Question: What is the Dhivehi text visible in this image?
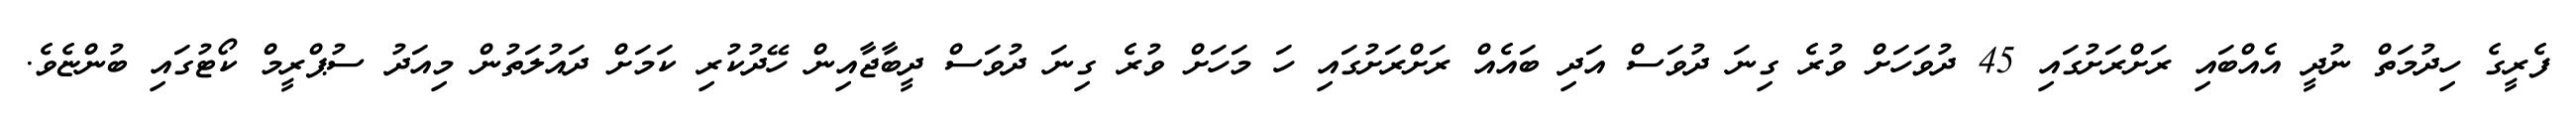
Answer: ފެރީގެ ހިދުމަތް ނުދީ އެއްބައި ރަށްރަށުގައި 45 ދުވަހަށް ވުރެ ގިނަ ދުވަސް އަދި ބައެއް ރަށްރަށުގައި ހަ މަހަށް ވުރެ ގިނަ ދުވަސް ދީބާޖާއިން ހޭދުކުރި ކަމަށް ދައުލަތުން މިއަދު ސުޕްރީމް ކޯޓުގައި ބުންޏެވެ.